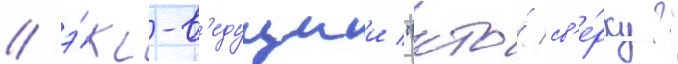
/ э́кс-в'едущии "кто́ св'е́рху?"